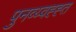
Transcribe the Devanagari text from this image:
पुनव्य्वह्ह्त